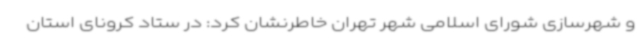
و شهرسازی شورای اسلامی شهر تهران خاطرنشان کرد: در ستاد کرونای استان